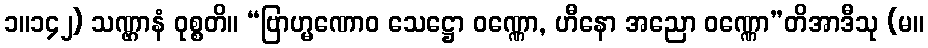
၁။၁၄၂) သဏ္ဌာနံ ဝုစ္စတိ။ “ဗြာဟ္မဏောဝ သေဋ္ဌော ဝဏ္ဏော, ဟီနော အညော ဝဏ္ဏော”တိအာဒီသု (မ။